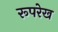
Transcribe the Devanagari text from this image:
रूपरेख